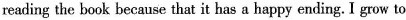
reading the book because that it has a happy ending. I grow to